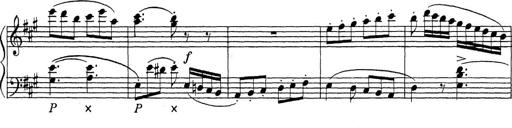
Title: ÄŒeskÃ© Sonatiny
Composer: Various